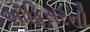
અૉફિસરની